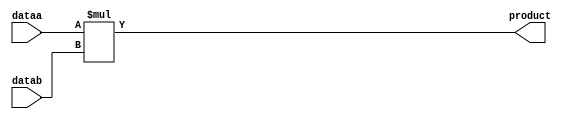
`timescale 1ns / 1ps
//////////////////////////////////////////////////////////////////////////////////
// Company: 
// Engineer: 
// 
// Design Name: 
// Module Name: mult4x4
// Project Name: 
// Target Devices: 
// Tool Versions: 
// Description: 
// 
// Dependencies: 
// 
// Revision:
// Revision 0.01 - File Created
// Additional Comments:
// 
//////////////////////////////////////////////////////////////////////////////////


module mult4x4(

    input [3:0]dataa,
    input [3:0]datab,
    output [7:0]product

    );
    
    assign product = dataa * datab;
    
endmodule